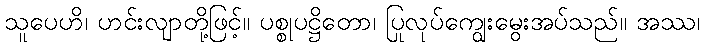
သူပေဟိ၊ ဟင်းလျာတို့ဖြင့်။ ပစ္စုပဋ္ဌိတော၊ ပြုလုပ်ကျွေးမွေးအပ်သည်။ အဿ၊